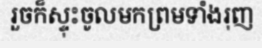
រួចក៏ស្ទុះចូលមកព្រមទាំងរុញ